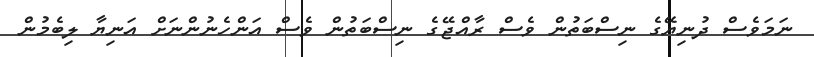
ނަމަވެސް ދުނިޔޭގެ ނިސްބަތުން ވެސް ރާއްޖޭގެ ނިސްބަތުން ވެސް އަންހެނުންނަށް އަނިޔާ ލިބެމުން